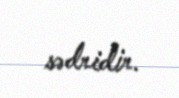
sədridir.